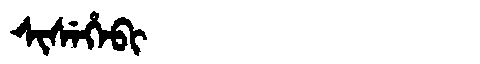
Manchu: ᠰᡳᠰᡝᡥᡝᠪᡳ
Romanization: SISEHEBI